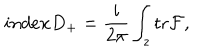
i n d e x D _ { + } = \frac { i } { 2 \pi } \int _ { z } \mathrm { t r } { \cal F } ,